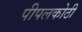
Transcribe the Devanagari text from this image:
पीपलकोठी